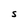
Character: S